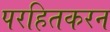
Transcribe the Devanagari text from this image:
परहितकरन